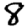
Digit: 8